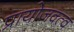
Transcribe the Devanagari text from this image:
प्रायोजक्त्व